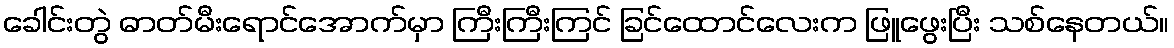
ခေါင်းတွဲ ဓာတ်မီးရောင်အောက်မှာ ကြီးကြီးကြင် ခြင်ထောင်လေးက ဖြူဖွေးပြီး သစ်နေတယ်။